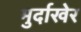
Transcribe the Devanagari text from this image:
मुर्दाखेर